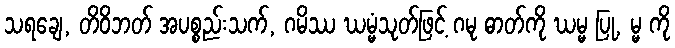
သရချေ, တိဝိဘတ် အပစ္စည်းသက်, ဂမိဿ ဃမ္မံသုတ်ဖြင့် ဂမု ဓာတ်ကို ဃမ္မ ပြု, မ္မ ကို